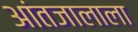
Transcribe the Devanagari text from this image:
आंतजालाला